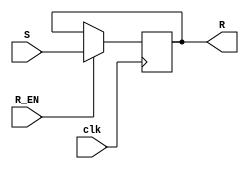
/* 
REG. NO: SEU/IS/13/EG/091
NAME: P.RUMESH
THIS VERILOG CODE IS FOR R REGISTER IN THE GIVEN DIAGRAM
*/


// DEFINING R REGISTER
module R_Reg(S, clk, R_EN, R); 
input [3:0] S;			//FOUR BIT INPUT S
input clk;			//CLOCK INPUT
input R_EN;			//R_EN INPUT
output reg [3:0] R;		//R OUTPUT SAVED IN REGISTER

always@(posedge clk)begin
	if (R_EN==1)		// IF R_EN==1 DISPLAY S ELSE DISPLAY R
		R=S;
	else
		R=R;
	end
endmodule